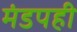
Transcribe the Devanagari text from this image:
मंडपही